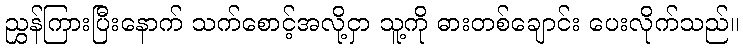
ညွှန်ကြားပြီးနောက် သက်စောင့်အလို့ငှာ သူ့ကို ဓားတစ်ချောင်း ပေးလိုက်သည်။